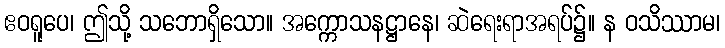
ဧဝရူပေ၊ ဤသို့ သဘောရှိသော။ အက္ကောသနဋ္ဌာနေ၊ ဆဲရေးရာအရပ်၌။ န ဝသိဿာမ၊